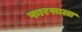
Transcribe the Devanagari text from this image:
फारसाला